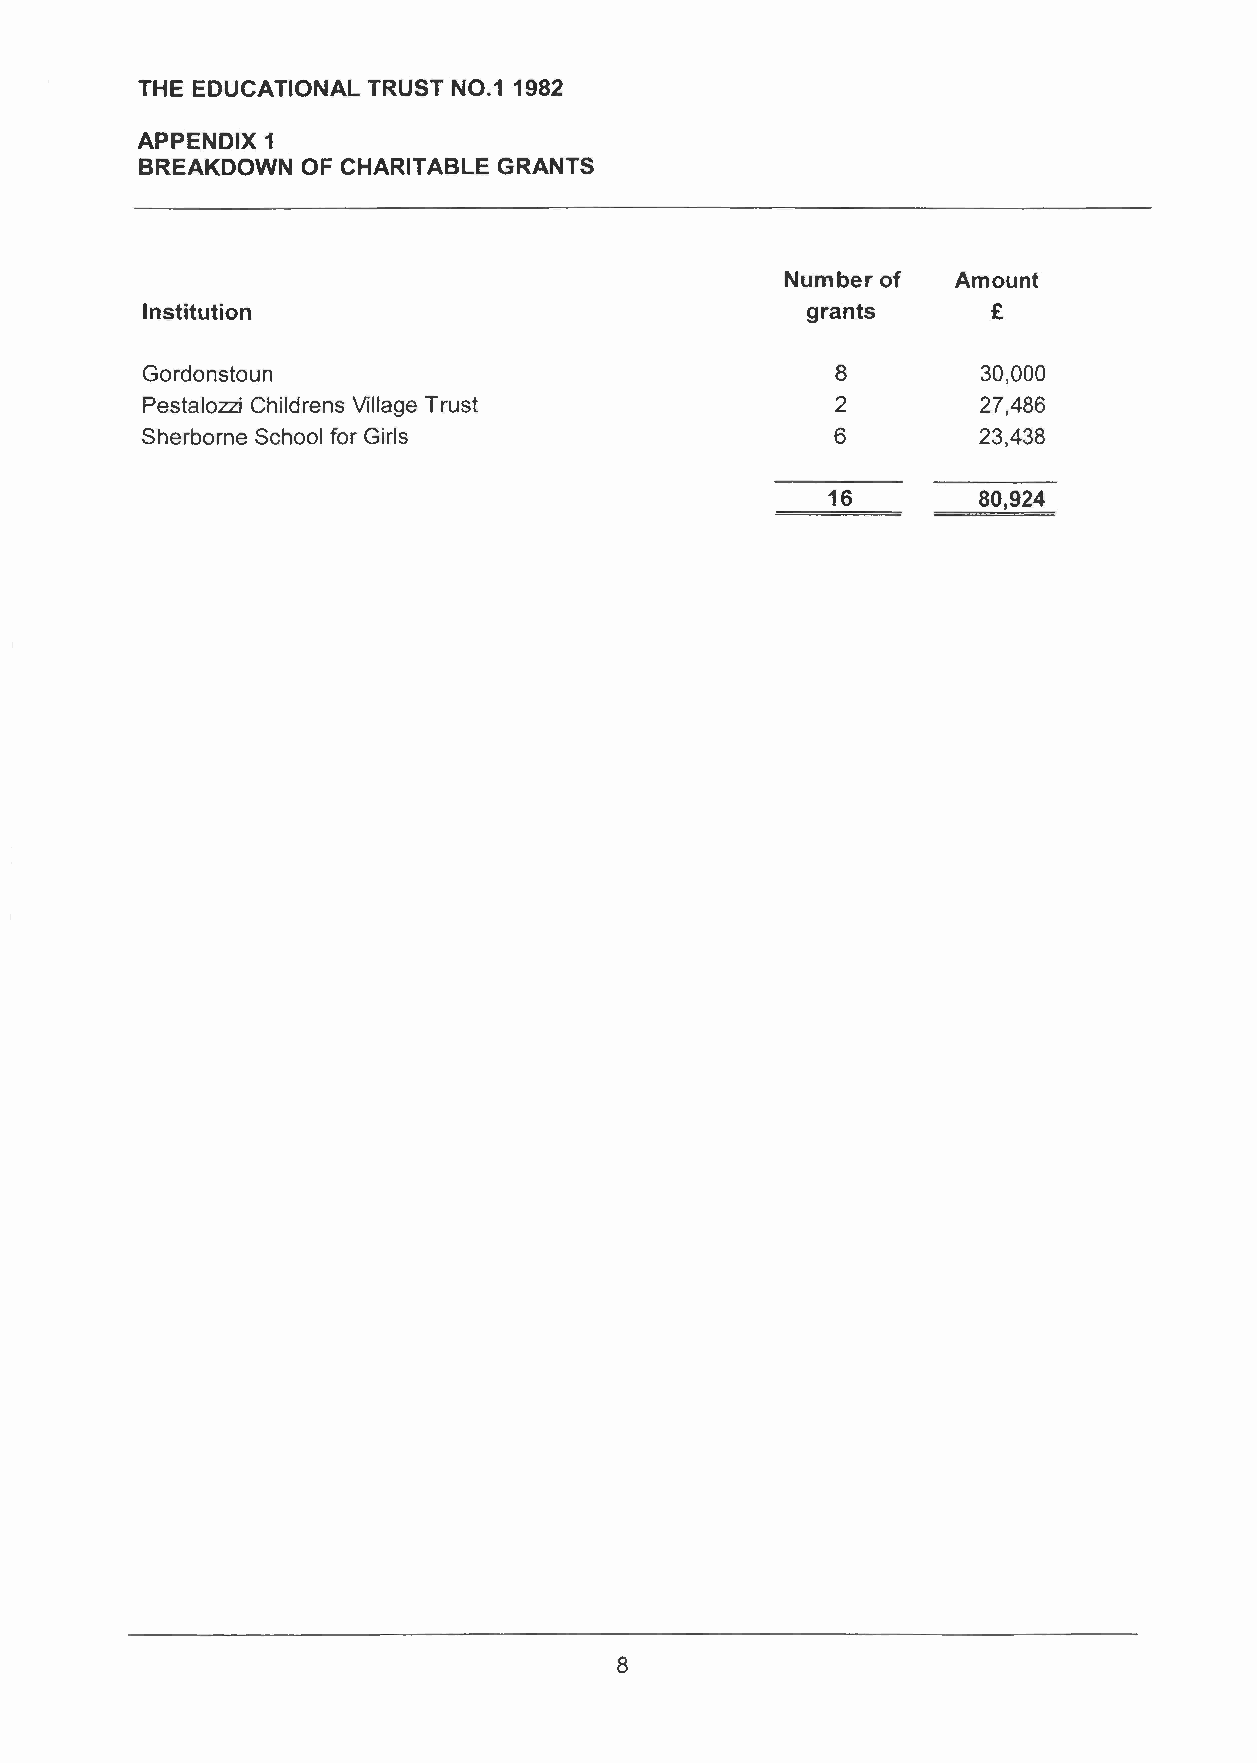
THE EDUCATIONAL TRUST NO.1 1982
 APPENDIX 1
 BREAKDOWN  OF CHARITABLE GRANTS
 Number of  Amount
 Institution                                 grants       £
 Gordonstoun                                   8         30,000
 Pestalozzi Childrens Village Trust            2         27,486
 Sherborne School for Girls                    6         23,438
 16        80,924
 8